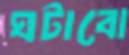
ঘটাবো